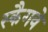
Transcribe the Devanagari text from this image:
स्कैगवे